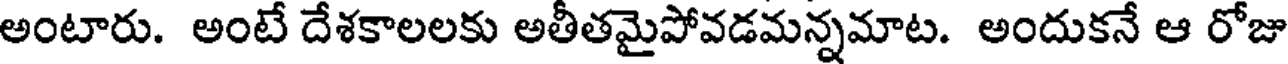
అంటారు. అంటే దేశకాలలకు అతీతమైపోవడమన్నమాట. అందుకనే ఆ రోజు